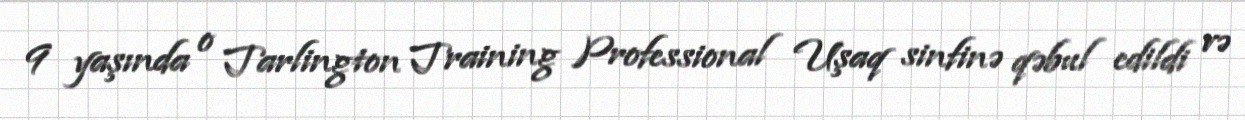
9 yaşında o Tarlington Training Professional Uşaq sinfinə qəbul edildi və